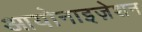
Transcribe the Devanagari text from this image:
आयोनाइज़ेशन